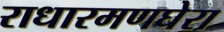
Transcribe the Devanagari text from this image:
राधारमणघेरा